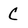
Character: C